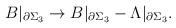
LaTeX: \begin{align*}B|_{\partial\Sigma_3}\rightarrow B|_{\partial \Sigma_3}-\Lambda|_{\partial\Sigma_3}.\end{align*}